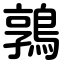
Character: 鶉